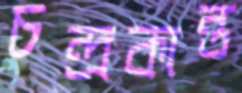
চন্দ্রকান্ত